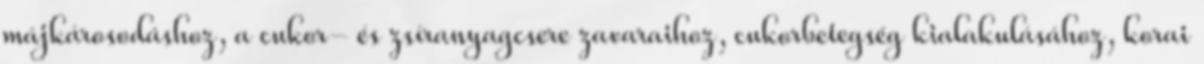
májkárosodáshoz, a cukor- és zsíranyagcsere zavaraihoz, cukorbetegség kialakulásához, korai